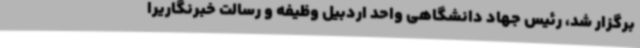
برگزار شد، رئیس جهاد دانشگاهی واحد اردبیل وظیفه و رسالت خبرنگاریرا